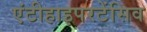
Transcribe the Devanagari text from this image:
एंटीहाइपरटेंसिव